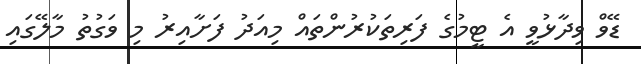
ޑޭވް ވިދާޅުވީ އެ ޓީމުގެ ފަރިތަކުރުންތައް މިއަދު ފަށާއިރު މި ވަގުތު މާލޭގައި